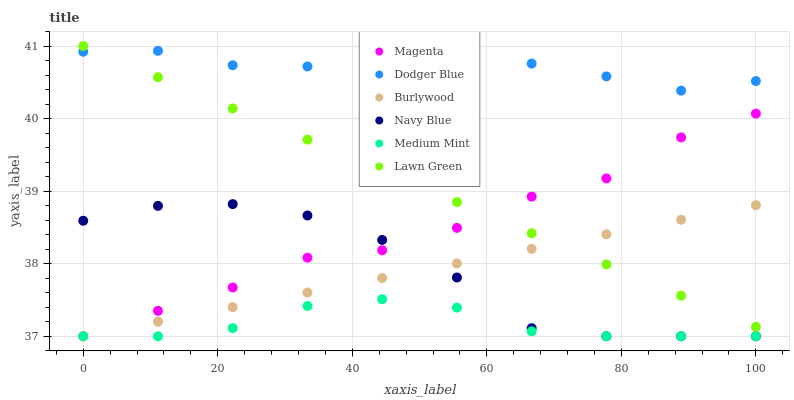
| xaxis_label | Magenta | Dodger Blue | Burlywood | Navy Blue | Medium Mint | Lawn Green |
 | --- | --- | --- | --- | --- | --- | --- |
 | 0 | 37 | 40.9 | 37 | 38.6 | 37 | 41 |
 | 11.1 | 37.4 | 40.9 | 37.2 | 38.8 | 37 | 40.6 |
 | 22.2 | 37.7 | 40.7 | 37.4 | 38.8 | 37.1 | 40.1 |
 | 33.3 | 38.1 | 40.7 | 37.6 | 38.7 | 37.4 | 39.7 |
 | 44.4 | 38.2 | 40.7 | 37.8 | 38.3 | 37.5 | 39.3 |
 | 55.6 | 38.5 | 40.8 | 38 | 37.8 | 37.4 | 38.8 |
 | 66.7 | 38.9 | 40.8 | 38.2 | 37.1 | 37.1 | 38.4 |
 | 77.8 | 39.2 | 40.6 | 38.4 | 37 | 37 | 38 |
 | 88.9 | 39.7 | 40.4 | 38.6 | 37 | 37 | 37.6 |
 | 100 | 40.1 | 40.5 | 38.8 | 37 | 37 | 37.1 |